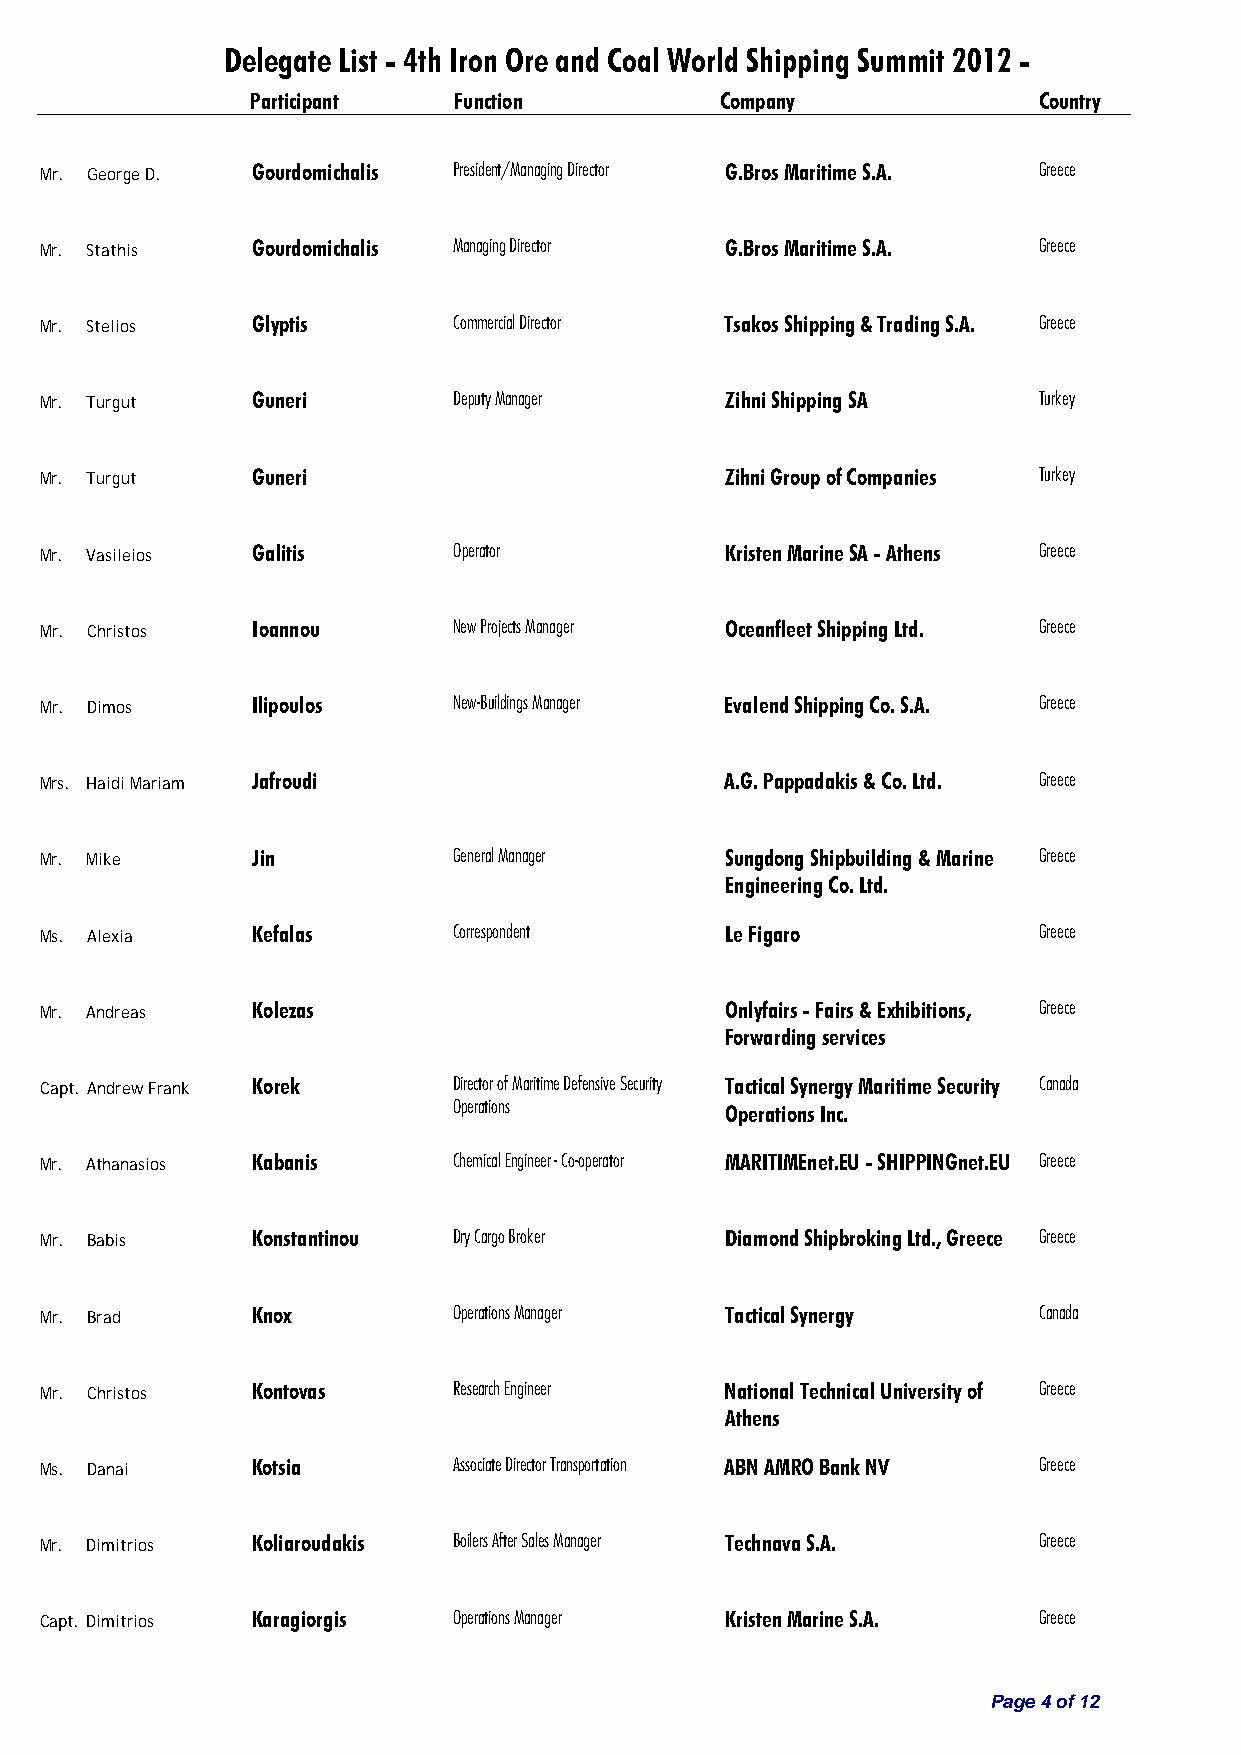
Delegate List - 4th Iron Ore and Coal World Shipping Summit 2012 -
 Participant  Function          Company              Country
 Mr. George D. Gourdomichalis President/Managing Director G.Bros Maritime S.A. Greece
 Mr. Stathis   Gourdomichalis Managing Director G.Bros Maritime S.A. Greece
 Mr. Stelios   Glyptis      Commercial Director Tsakos Shipping & Trading S.A. Greece
 Mr. Turgut    Guneri       Deputy Manager    Zihni Shipping SA    Turkey
 Mr. Turgut    Guneri                         Zihni Group of Companies Turkey
 Mr. Vasileios Galitis      Operator          Kristen Marine SA - Athens Greece
 Mr. Christos  Ioannou      New Projects Manager Oceanfleet Shipping Ltd. Greece
 Mr. Dimos     Ilipoulos    New-Buildings Manager Evalend Shipping Co. S.A. Greece
 Mrs. Haidi Mariam Jafroudi                   A.G. Pappadakis & Co. Ltd. Greece
 Mr. Mike      Jin          General Manager   Sungdong Shipbuilding & Marine Greece
 Engineering Co. Ltd.
 Ms. Alexia    Kefalas      Correspondent     Le Figaro            Greece
 Mr. Andreas   Kolezas                        Onlyfairs - Fairs & Exhibitions, Greece
 Forwarding services
 Capt. Andrew Frank Korek   Director of Maritime Defensive Security Tactical Synergy Maritime Security Canada
 Operations
 Operations Inc.
 Mr. Athanasios Kabanis     Chemical Engineer - Co-operator MARITIMEnet.EU - SHIPPINGnet.EU Greece
 Mr. Babis     Konstantinou Dry Cargo Broker  Diamond Shipbroking Ltd., Greece Greece
 Mr. Brad      Knox         Operations Manager Tactical Synergy    Canada
 Mr. Christos  Kontovas     Research Engineer National Technical University of Greece
 Athens
 Ms. Danai     Kotsia       Associate Director Transportation ABN AMRO Bank NV Greece
 Mr. Dimitrios Koliaroudakis Boilers After Sales Manager Technava S.A. Greece
 Capt. Dimitrios Karagiorgis Operations Manager Kristen Marine S.A. Greece
 Page 4 of 12